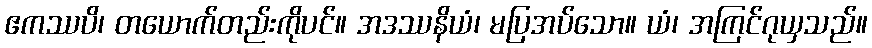
ဧကဿပိ၊ တယောက်တည်းကိုပင်။ အဒဿနိယံ၊ မပြအပ်သော။ ယံ၊ အကြင်ဂုယှသည်။